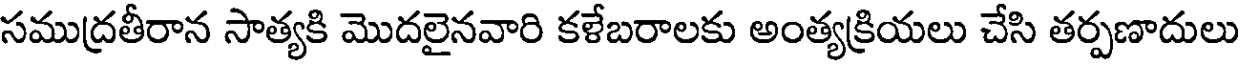
సముద్రతీరాన సాత్యకి మొదలైనవారి కళేబరాలకు అంత్యక్రియలు చేసి తర్పణాదులు